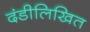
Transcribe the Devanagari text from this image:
दंडीलिखित